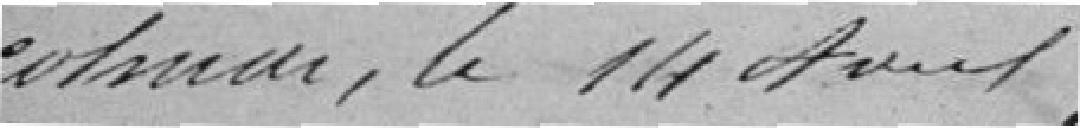
Colmar, le 14 août 1857